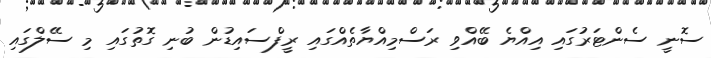
ސޮނީ ސެންޓަރުގައި އިއްޔެ ބޭއްވި ރަސްމިއްޔާތެއްގައި ރީފްސައިޑުން ބުނި ގޮތުގައި މި ސޭލްގައި